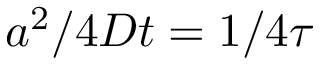
a ^ { 2 } / 4 D t = 1 / 4 \tau